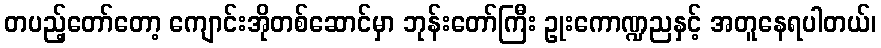
တပည့်တော်တော့ ကျောင်းအိုတစ်ဆောင်မှာ ဘုန်းတော်ကြီး ဥုးကောဏ္ဍညနှင့် အတူနေရပါတယ်၊